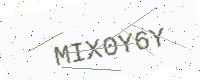
Text: MIX0Y6Y